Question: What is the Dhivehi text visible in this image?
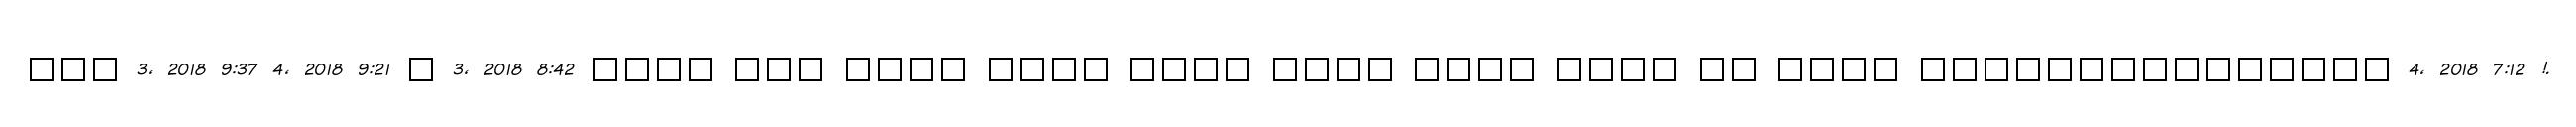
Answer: ??? 3, 2018 9:37 4, 2018 9:21 ? 3, 2018 8:42 ???? ??? ???? ???? ???? ???? ???? ???? ?? ???? ??????????????? 4, 2018 7:12 !.